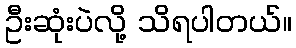
ဦးဆုံးပဲလို့ သိရပါတယ်။